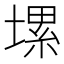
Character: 𡏱